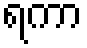
ရကာ